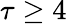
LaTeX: \tau\geq 4